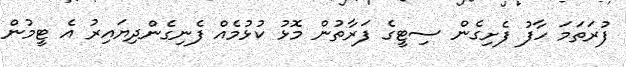
ފުރަތަމަ ހާފު ފެށިގެން ސިޓީގެ ފަރާތުން މޮޅު ކުޅުމެއް ފެނިގެންދިޔައިރު އެ ޓީމުން